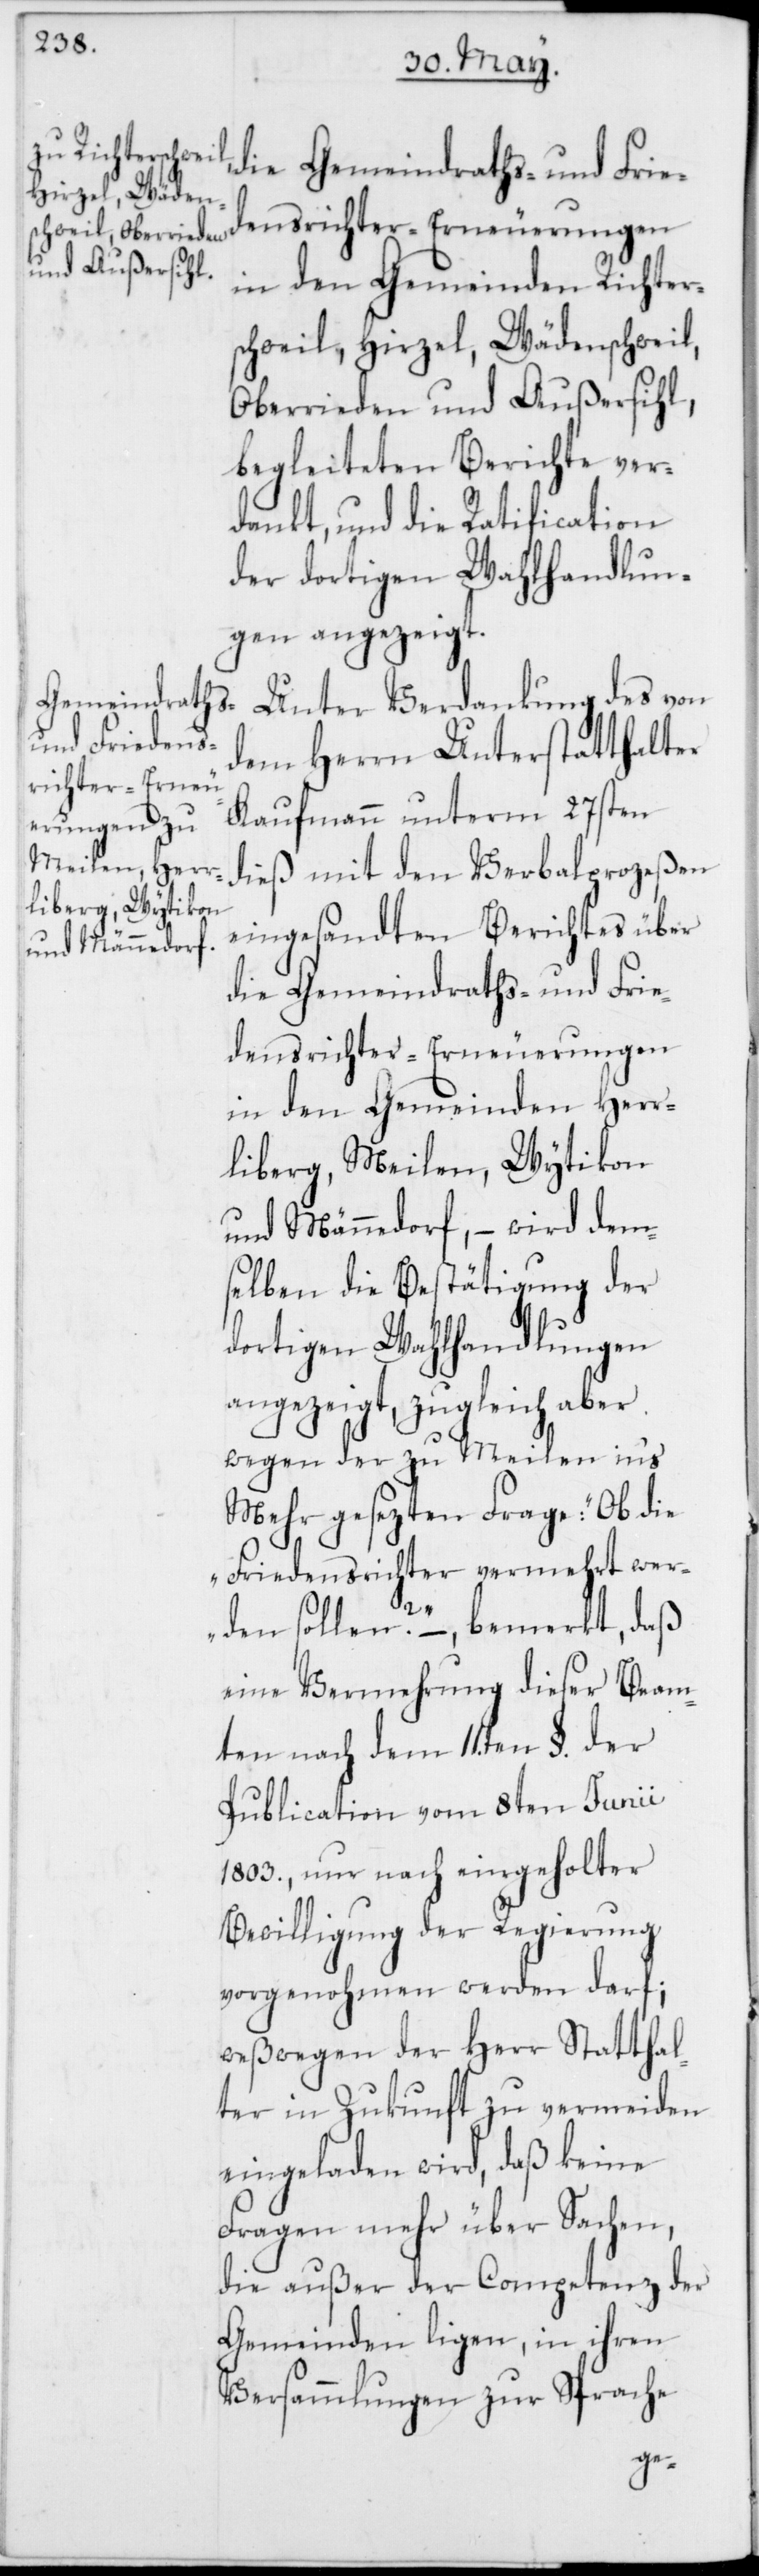
die Gemeindraths- und Frie¬
densrichter-Erneuerungen
in den Gemeinden Richter¬
schweil, Hirzel, Wädenschweil,
Oberrieden und Außersihl,
begleiteten Berichte ver¬
dankt, und die Ratification
der dortigen Wahlhandlun¬
gen angezeigt.
Unter Verdankung des von
dem Herrn Unterstatthalter
Kaufmann unterm 27sten
dieß mit den Verbalprozeßen
eingesandten Berichtes über
die Gemeindraths- und Frie¬
densrichter-Erneuerungen
in den Gemeinden Herr¬
liberg, Meilen, Wytikon
und Männedorf, – wird dem¬
selben die Bestätigung der
dortigen Wahlhandlungen
angezeigt, zugleich aber
wegen der zu Meilen in‘s
Mehr gesezten Frage: „Ob die
Friedensrichter vermehrt wer¬
den sollen?“ – bemerkt, daß
eine Vermehrung dieser Beam¬
ten nach dem 11ten §. der
Publication vom 8ten Junii
1803., nur nach eingeholter
Bewilligung der Regierung
vorgenohmen werden darf;
weßwegen der Herr Statthal¬
ter in Zukunft zu vermeiden
eingeladen wird, daß keine
Fragen mehr über Sachen,
die außer der Competenz der
Gemeinden ligen, in ihren
Versammlungen zur Sprache